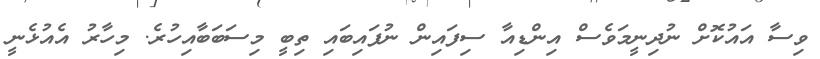
ވިސާ އައުކޮށް ނުދިނީމަވެސް އިންޑިއާ ސިފައިން ނުފައިބައި ތިބީ މިސަބަބާއިހުރެ. މިހާރު އެއުޅެނީ